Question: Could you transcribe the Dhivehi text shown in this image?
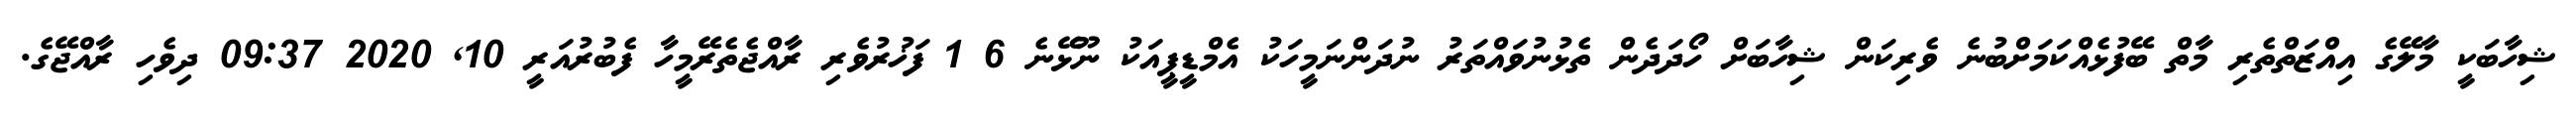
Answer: ޝިހާބަކީ މާލޭގެ އިއްޒަތްތެރި މާތް ބޭފުޅެއްކަމަށްބުނެ ވެރިކަން ޝިހާބަށް ހޯދަދެން ތެޅުނުވައްތަރު ނުދަންނަމީހަކު އެމްޑީޕީއަކު ނޫޅޭނެ 6 1 ފަޚުރުވެރި ރާއްޖެތެރޭމީހާ ފެބުރުއަރީ 10, 2020 09:37 ދިވެހި ރާއްޖޭގެ.